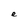
Character: e